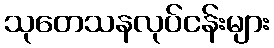
သုတေသနလုပ်ငန်းများ